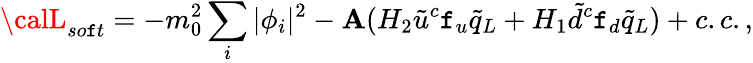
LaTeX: {\calL}_{so\mathtt{f}t}=-m_{0}^{2}\sum_{i}|\phi_{i}|^{2}-\mathbf{A}(H_{2}\tilde{{u}}^{c}\mathtt{f}_{u}\tilde{{q}}_{L}+H_{1}\tilde{{d}}^{c}\mathtt{f}_{d}\tilde{{q}}_{L})+c.c.,